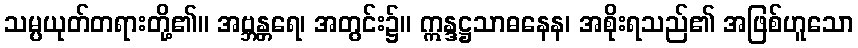
သမ္ပယုတ်တရားတို့၏။ အဗ္ဘန္တရေ၊ အတွင်း၌။ ဣန္ဒဋ္ဌသာဓနေန၊ အစိုးရသည်၏ အဖြစ်ဟူသော